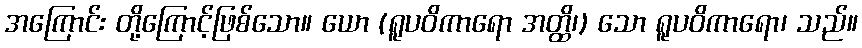
အကြောင်း တို့ကြောင့်ဖြစ်သော။ ယော (ရူပဝိကာရော အတ္ထိ၊) သော ရူပဝိကာရော၊ သည်။